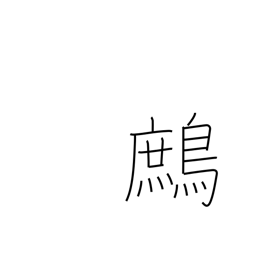
Meaning: partridge